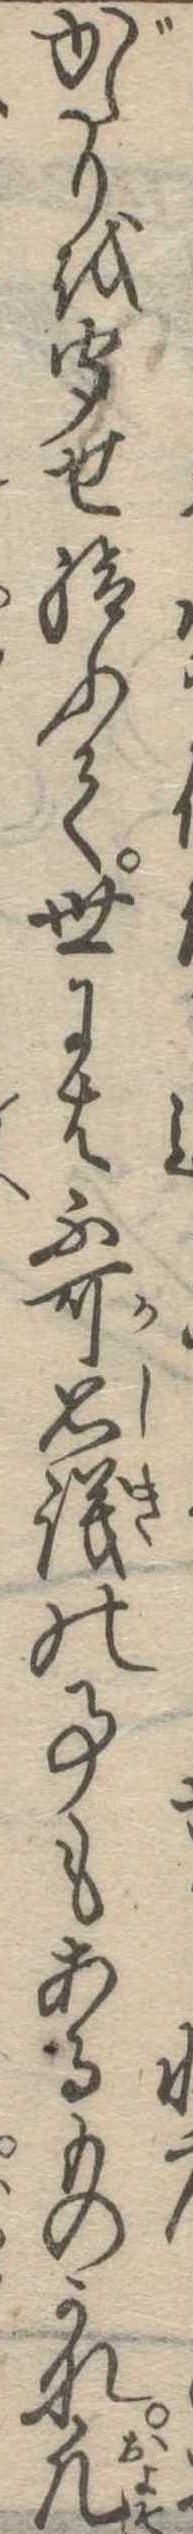
がたりを聞せ給ふて世には不可思議の事もあるものかな凡